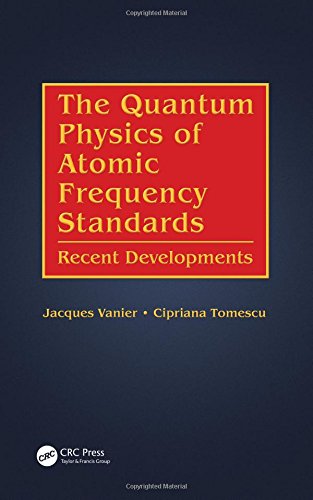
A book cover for The Quantum Physics of Atomic Frequency Standards: Recent Developments; Jacques Vanier; Science & Math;